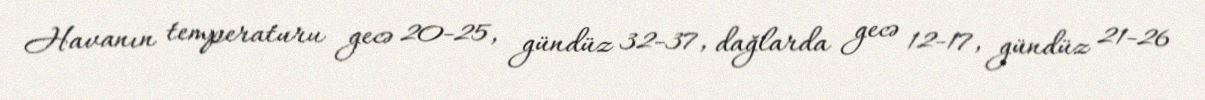
Havanın temperaturu gecə 20-25, gündüz 32-37, dağlarda gecə 12-17, gündüz 21-26